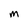
Character: m